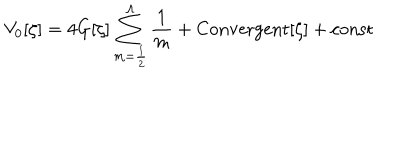
LaTeX: V _ { 0 } [ \zeta ] = 4 G [ \zeta ] \sum _ { m = \frac { 1 } { 2 } } ^ { \Lambda } { \frac { 1 } { m } } + \mathrm { { C o n v e r g e n t } } [ \zeta ] + { \mathrm { c o n s t } }